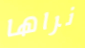
نراها